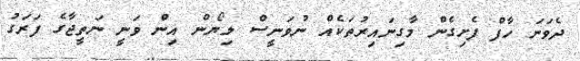
ދެވަނަ ހާފް ފެށިގެން މާގިނައިރުތަކެއް ނުވަނީސް ލިޔޯން އިން ވަނީ ނަތީޖާގެ ފަރަގު